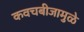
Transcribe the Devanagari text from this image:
कवचबीजामुळे